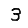
Digit: 3